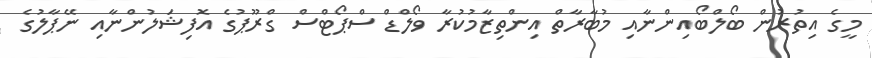
މީގެ އިތުރުން ބޯލްބޯއިންނާއި މުބާރާތް އިންތިޒާމުކުރާ ވޯލްޑް ސްޕޯޓްސް ގްރޫޕުގެ އޮފިޝަލުންނާއި ނޭޕާލުގެ